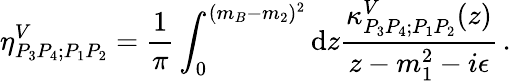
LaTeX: \eta_{P_{3}P_{4};P_{1}P_{2}}^{V}={\frac{1}{\pi}}\int_{0}^{(m_{B}-m_{2})^{2}}{\mathrm d}z{\frac{\kappa_{P_{3}P_{4};P_{1}P_{2}}^{V}(z)}{z-m_{1}^{2}-i\epsilon}}\, .